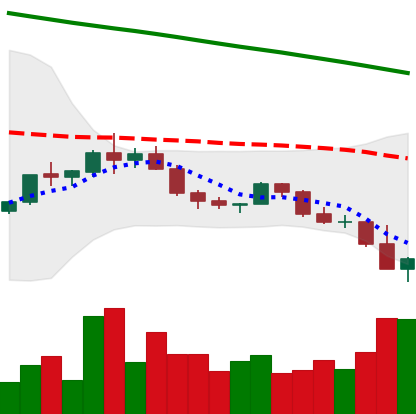
Ticker: ADA-USD
Chart end date: 2022-02-22
Forward return: -3.451%
Label: down_3_5